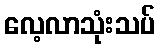
လေ့လာသုံးသပ်